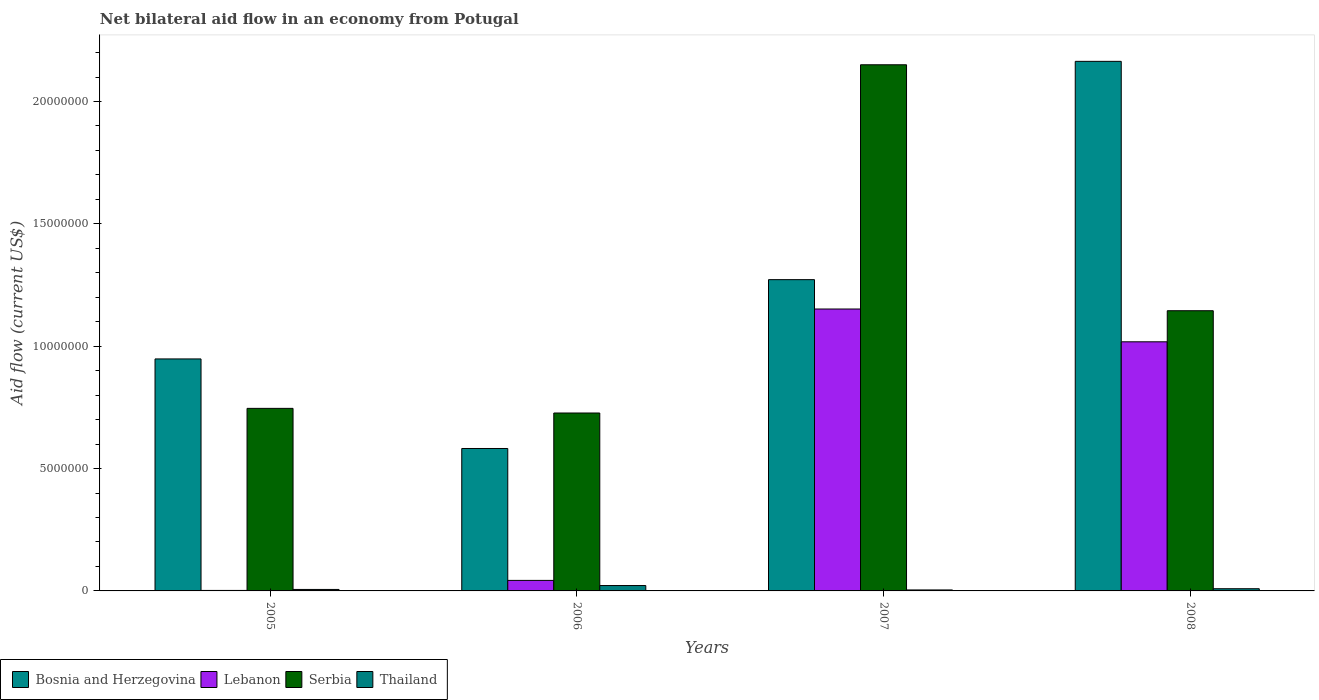
| Years | Bosnia and Herzegovina | Lebanon | Serbia | Thailand |
 | --- | --- | --- | --- | --- |
 | 2005 | 9.48e+06 | 2e+04 | 7.46e+06 | 6e+04 |
 | 2006 | 5.82e+06 | 4.3e+05 | 7.27e+06 | 2.2e+05 |
 | 2007 | 1.27e+07 | 1.15e+07 | 2.15e+07 | 4e+04 |
 | 2008 | 2.16e+07 | 1.02e+07 | 1.14e+07 | 9e+04 |